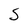
Character: S